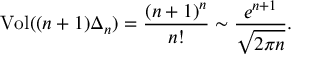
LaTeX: \operatorname { V o l } ( ( n + 1 ) \Delta _ { n } ) = { \frac { ( n + 1 ) ^ { n } } { n ! } } \sim { \frac { e ^ { n + 1 } } { \sqrt { 2 \pi n } } } .